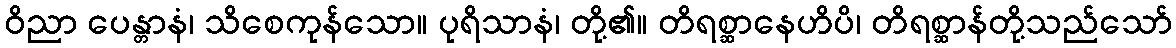
ဝိညာ ပေန္တာနံ၊ သိစေကုန်သော။ ပုရိသာနံ၊ တို့၏။ တိရစ္ဆာနေဟိပိ၊ တိရစ္ဆာန်တို့သည်သော်